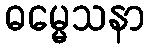
ဓမ္မေသနာ